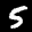
Label: 5